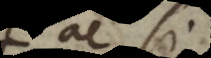
ac si